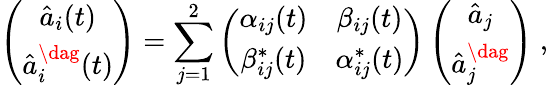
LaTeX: \left(\begin{array}{c}{{\hat{a}_{i}(t)}}\\ {{\hat{a}_{i}^{\dag}(t)}}\end{array}\right)=\sum_{j=1}^{2}\left(\begin{array}{cc}{{\alpha_{ij}(t)}}&{{\beta_{ij}(t)}}\\ {{\beta_{ij}^{\ast}(t)}}&{{\alpha_{ij}^{\ast}(t)}}\end{array}\right)\left(\begin{array}{c}{{\hat{a}_{j}}}\\ {{\hat{a}_{j}^{\dag}}}\end{array}\right)\; ,